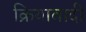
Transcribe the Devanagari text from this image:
क्रियावादी